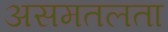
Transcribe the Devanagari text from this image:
असमतलता